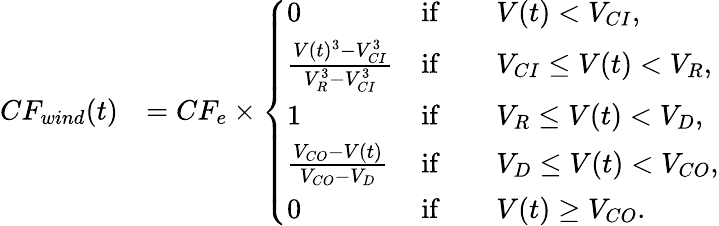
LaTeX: \begin{array}{rl}{CF_{wind}(t)}&{=CF_{e}\times\left\{ \begin{array}{ll}{0}&{\mathrm{if}\qquad V(t)<V_{CI},}\\ {\frac{V(t)^{3}-V_{CI}^{3}}{V_{R}^{3}-V_{CI}^{3}}}&{\mathrm{if}\qquad V_{CI}\leq V(t)<V_{R},}\\ {1}&{\mathrm{if}\qquad V_{R}\leq V(t)<V_{D},}\\ {\frac{V_{CO}-V(t)}{V_{CO}-V_{D}}}&{\mathrm{if}\qquad V_{D}\leq V(t)<V_{CO},}\\ {0}&{\mathrm{if}\qquad V(t)\geq V_{CO}.}\end{array}\right.}\end{array}